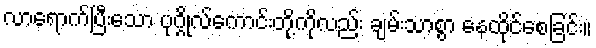
လာရောက်ပြီးသော ပုဂ္ဂိုလ်ကောင်းတို့ကိုလည်း ချမ်းသာစွာ နေထိုင်စေခြင်း။